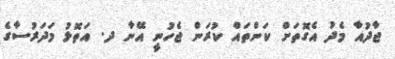
ޖާދުއާ މެދު އެގޮތަށް ކަންތައް ކުރަން ޖެހުނީ އޭނާ ދ. އަތޮޅު މަދަރުސާގެ